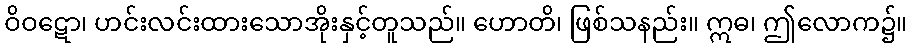
ဝိဝဋော၊ ဟင်းလင်းထားသောအိုးနှင့်တူသည်။ ဟောတိ၊ ဖြစ်သနည်း။ ဣဓ၊ ဤလောက၌။